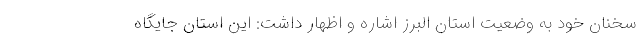
سخنان خود به وضعیت استان البرز اشاره و اظهار داشت: این استان جایگاه